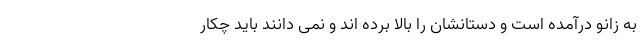
به زانو درآمده است و دستانشان را بالا برده اند و نمی دانند باید چکار